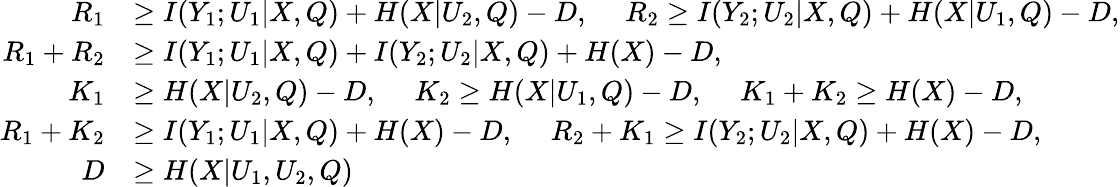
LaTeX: \begin{array}{rl}{R_{1}}&{\ge I(Y_{1};U_{1}|X,Q)+H(X|U_{2},Q)-D,~~~~~R_{2}\ge I(Y_{2};U_{2}|X,Q)+H(X|U_{1},Q)-D,}\\ {R_{1}+R_{2}}&{\ge I(Y_{1};U_{1}|X,Q)+I(Y_{2};U_{2}|X,Q)+{H(X)}-D,}\\ {K_{1}}&{\ge H(X|U_{2},Q)-D,~~~~~K_{2}\ge H(X|U_{1},Q)-D,~~~~~K_{1}+K_{2}\ge{H(X)}-D,}\\ {R_{1}+K_{2}}&{\ge I(Y_{1};U_{1}|X,Q)+{H(X)}-D,~~~~~R_{2}+K_{1}\ge I(Y_{2};U_{2}|X,Q)+{H(X)}-D,}\\ {D}&{\ge H(X|U_{1},U_{2},Q)}\end{array}